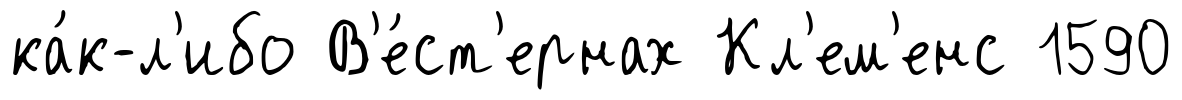
ка́к-л'ибо В'е́ст'ернах Кл'ем'енс 1590